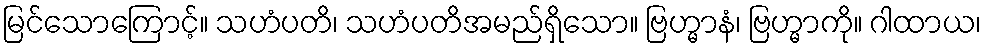
မြင်သောကြောင့်။ သဟံပတိ၊ သဟံပတိအမည်ရှိသော။ ဗြဟ္မာနံ၊ ဗြဟ္မာကို။ ဂါထာယ၊